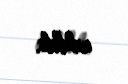
edildi.